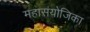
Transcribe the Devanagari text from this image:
महासंयोजिका